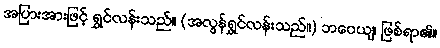
အပြားအားဖြင့် ရွှင်လန်းသည်။ (အလွန်ရွှင်လန်းသည်။) ဘဝေယျ၊ ဖြစ်ရာ၏။